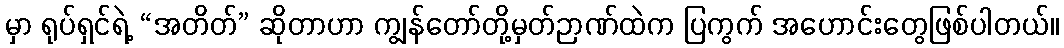
မှာ ရုပ်ရှင်ရဲ့ “အတိတ်” ဆိုတာဟာ ကျွန်တော်တို့မှတ်ဉာဏ်ထဲက ပြကွက် အဟောင်းတွေဖြစ်ပါတယ်။